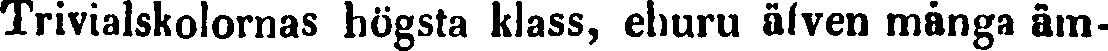
Trivialskolornas högsta klass, ehuru äfven många äm-